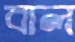
বাল